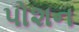
પોશન